Code of medical and sanitary regulations for the guidance of medical officers serving in the Madras Presidency - Volume I
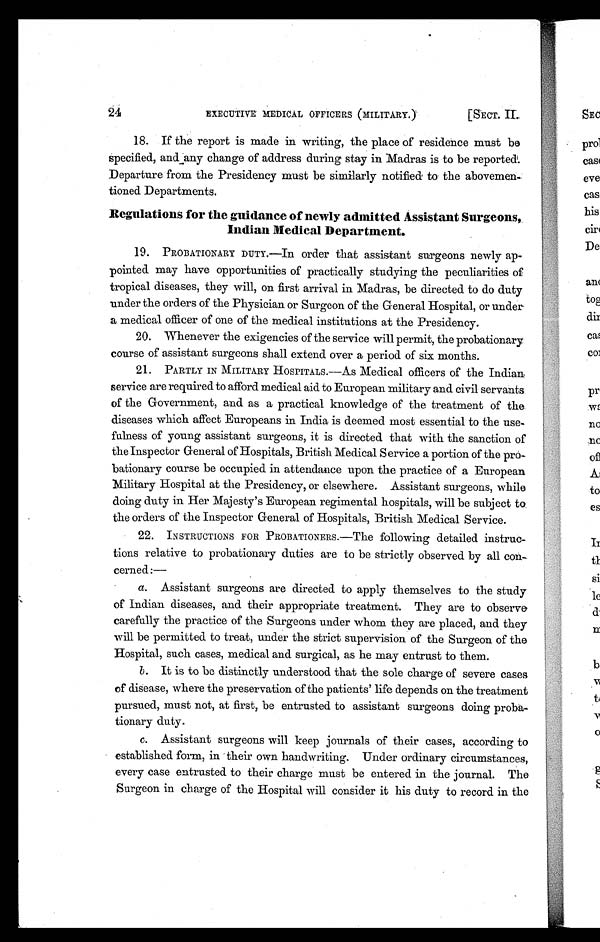
24
EXECUTIVE MEDICAL OFFICERS (MILITARY.)
[SECT. II.
18.
If the report is made in writing, the place of residence must be
specified, and any change of address during stay in Madras is to be reported.
Departure from the Presidency must be similarly notified to the abovemen-
tioned Departments.
Regulations for the guidance of newly admitted Assistant Surgeons,
Indian Medical Department.
19.
PROBATIONARY DUTY.—In order that assistant surgeons newly ap-
pointed may have opportunities of practically studying the peculiarities of
tropical diseases, they will, on first arrival in Madras, be directed to do duty
under the orders of the Physician or Surgeon of the General Hospital, or under
a medical officer of one of the medical institutions at the Presidency.
20.
Whenever the exigencies of the service will permit, the probationary
course of assistant surgeons shall extend over a period of six months.
21. PARTLY IN MILITARY HOSPITALS.—As Medical officers of the Indian
service are required to afford medical aid to European military and civil servants
of the Government, and as a practical knowledge of the treatment of the
diseases which affect Europeans in India is deemed most essential to the use
-fulness of young assistant surgeons, it is directed that with the sanction of
the Inspector General of Hospitals, British Medical Service a portion of the pro
-bationary course be occupied in attendance upon the practice of a European
Military Hospital at the Presidency, or elsewhere. Assistant surgeons, while
doing duty in Her Majesty's European regimental hospitals, will be subject to
the orders of the Inspector General of Hospitals, British Medical Service.
22.
INSTRUCTIONS FOR PROBATIONERS.—The following detailed instruc-
tions relative to probationary duties are to be strictly observed by all con-
cerned :—
a. Assistant surgeons are directed to apply themselves to the study
of Indian diseases, and their appropriate treatment. They are to observe
carefully the practice of the Surgeons under whom they are placed, and they
will be permitted to treat, under the strict supervision of the Surgeon of the
Hospital, such cases, medical and surgical, as he may entrust to them.
b. It is to be distinctly understood that the sole charge of severe cases
of disease, where the preservation of the patients' life depends on the treatment
pursued, must not, at first, be entrusted to assistant surgeons doing proba-
tionary duty.
c. Assistant surgeons will keep journals of their cases, according to
established form, in their own handwriting. Under ordinary circumstances,
every case entrusted to their charge must be entered in the journal. The
Surgeon in charge of the Hospital will consider it his duty to record in the